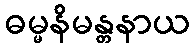
ဓမ္မနိမန္တနာယ